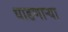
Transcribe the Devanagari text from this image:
धाडणार्‍या